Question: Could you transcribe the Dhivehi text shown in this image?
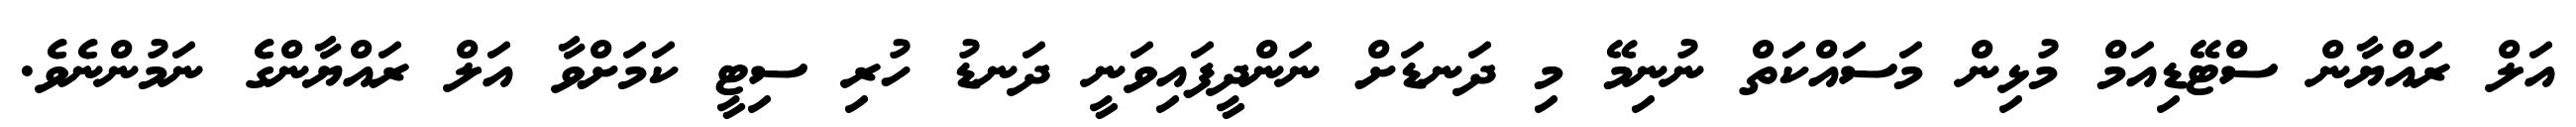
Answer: އަލް ރައްޔާން ސްޓޭޑިއަމް މުޅިން މަސައްކަތް ނުނިމޭ މި ދަނޑަށް ނަންދީފައިވަނީ ދަނޑު ހުރި ސިޓީ ކަމަށްވާ އަލް ރައްޔާންގެ ނަމުންނެވެ.